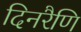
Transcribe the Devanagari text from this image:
दिनरैणि